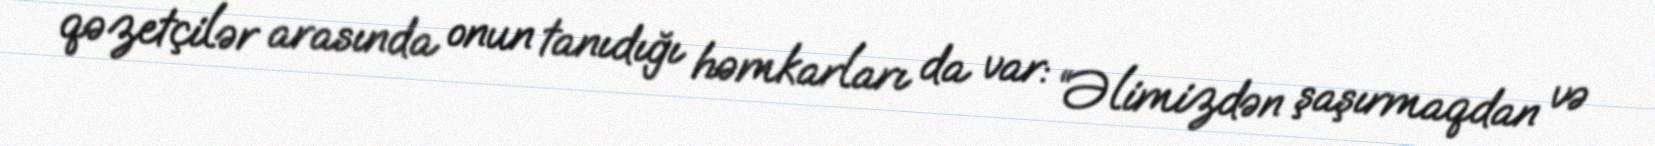
qəzetçilər arasında onun tanıdığı həmkarları da var: “Əlimizdən şaşırmaqdan və